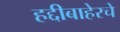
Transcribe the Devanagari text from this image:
हद्दीबाहेरचे